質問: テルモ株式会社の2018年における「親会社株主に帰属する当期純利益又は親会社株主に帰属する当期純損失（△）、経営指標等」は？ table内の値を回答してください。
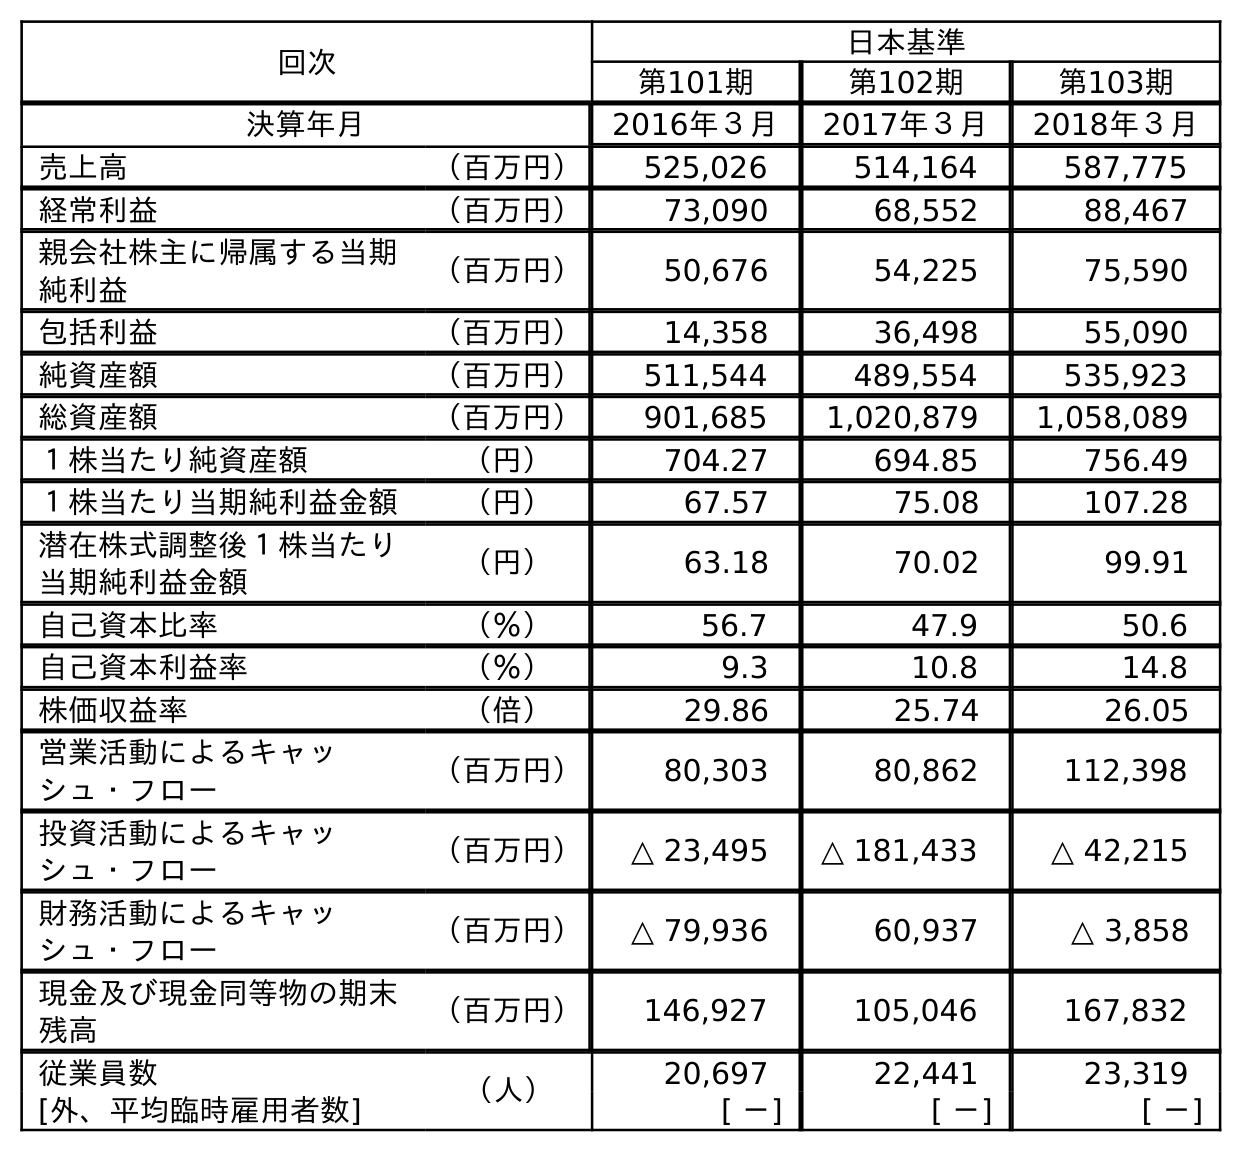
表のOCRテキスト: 回次 日本基準 第101期 第102期 第103期 決算年月 2016年３月 2017年３月 2018年３月 売上高 （百万円） 525,026 514,164 587,775 経常利益 （百万円） 73,090 68,552 88,467 親会社株主に帰属する当期 純利益 （百万円） 50,676 54,225 75,590 包括利益 （百万円） 14,358 36,498 55,090 純資産額 （百万円） 511,544 489,554 535,923 総資産額 （百万円） 901,685 1,020,879 1,058,089 １株当たり純資産額 （円） 704.27 694.85 756.49 １株当たり当期純利益金額 （円） 67.57 75.08 107.28 潜在株式調整後１株当たり 当期純利益金額 （円） 63.18 70.02 99.91 自己資本比率 （％） 56.7 47.9 50.6 自己資本利益率 （％） 9.3 10.8 14.8 株価収益率 （倍） 29.86 25.74 26.05 営業活動によるキャッ シュ・フロー （百万円） 80,303 80,862 112,398 投資活動によるキャッ シュ・フロー （百万円） △ 23,495 △ 181,433 △ 42,215 財務活動によるキャッ シュ・フロー （百万円） △ 79,936 60,937 △ 3,858 現金及び現金同等物の期末 残高 （百万円） 146,927 105,046 167,832 従業員数 （人） 20,697 22,441 23,319 [外、平均臨時雇用者数] [ －] [ －] [ －]
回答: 75,590